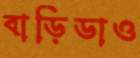
বাড়িডাও